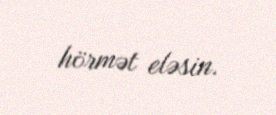
hörmət eləsin.